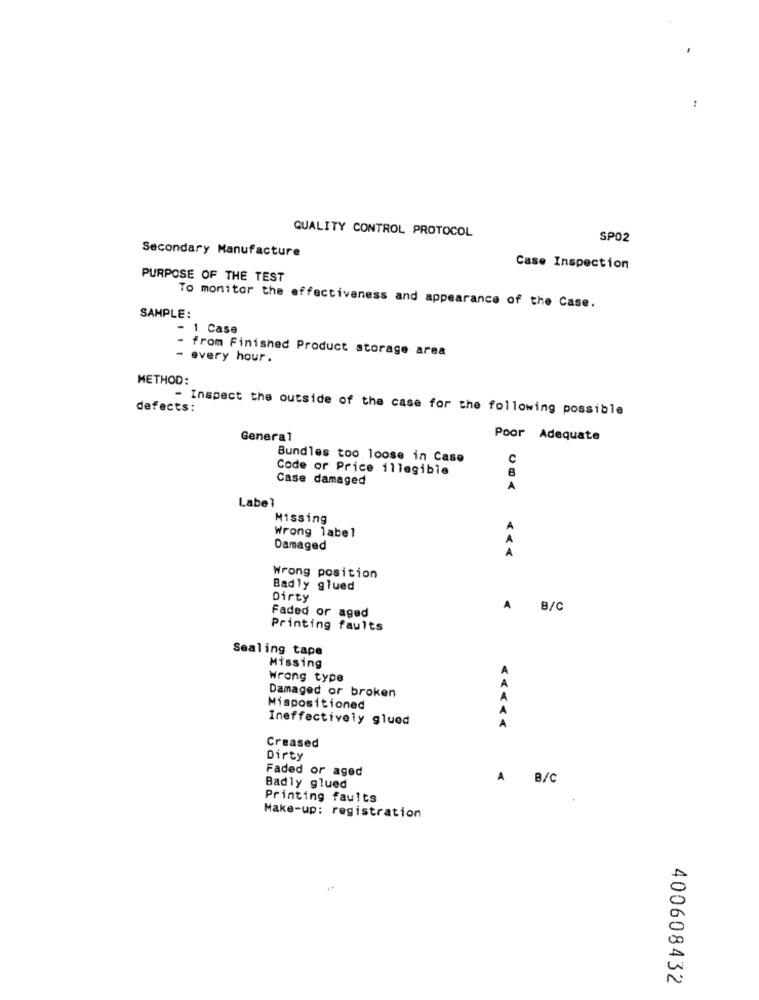
..
QUALITY CONTROL PROTOCOL
SP02
Secondary Manufacture
Case Inspection
PURPOSE OF THE TEST
SAMPLE:
To monitor the effectiveness and appearance of the Case.
- 1 Case
from Finished Product storage area
- every hour.
METHOD:
defects:
- Inspect the outside of the case for the following possible
General
Poor Adequate
Bundles too loose in Case
c
Code or Price illegible
8
Case damaged
A
Label
Missing
Wrong label
Damaged
A
Wrong position
Badly glued
Dirty
A
B/C
Faded or aged
Printing faults
Sealing tape
Missing
Wrong type
A
Damaged or broken
A
Mispositioned
A
Ineffectively glued
A
Creased
Dirty
Faded or aged
A B/C
Badly glued
Printing faults
Make-up: registration
400608432